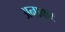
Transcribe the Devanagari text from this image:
अनाकर